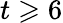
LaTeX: t\geqslant 6